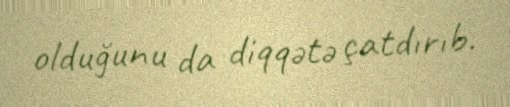
olduğunu da diqqətə çatdırıb.